Vaccination United Provinces of Agra and Oudh 1923-1928 - 1923-1928
Year: 1923
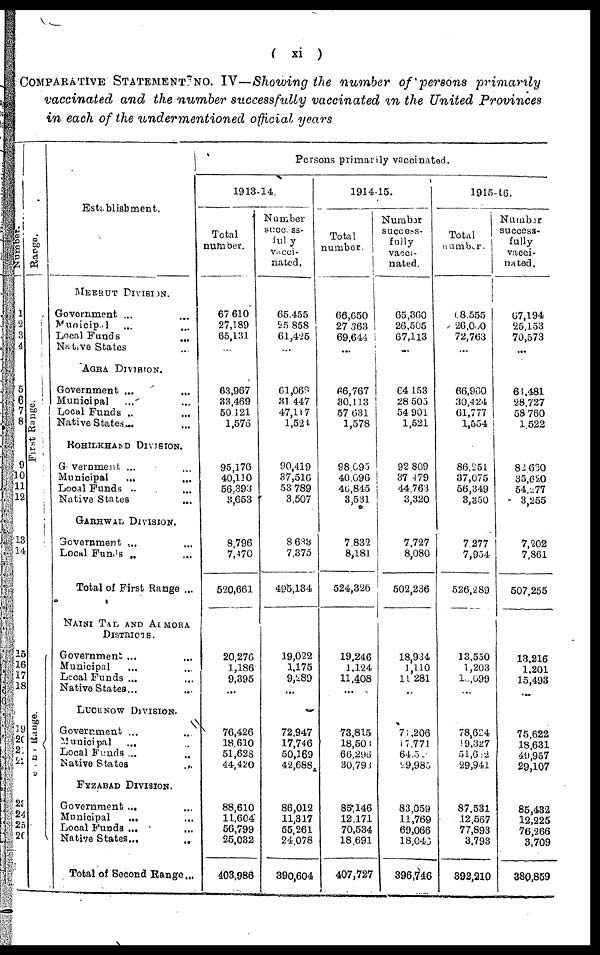
( xi )
COMPARATIVE STATEMENT NO. IV—Showing the number of persons primarily
vaccinated and the number successfully vaccinated in the United Provinces
in each of the undermentioned official years
Number.
1
2
3
4
5
6
7
8
9
10
11
12
13
14
15
16
17
18
19
20
21
22
23
24
25
26
Range.
First Range.
Second Range.
Establishment.
MEERUT DIVISION.
Government ... ...
Municipal ... ...
Local Funds ... ...
Native States
... ...
AGRA DIVISION.
Government ...
...
Municipal ... ...
Local Funds ... ...
Native States ... ...
ROHILKHAND DIVISION.
Government ... ...
Municipal
... ...
Local Funds ... ...
Native States ... ...
GARHWAL DIVISION.
Government ... ...
Local Funds ... ...
Total of First Range ...
NAINI TAL AND ALMORA
DISTRICTS.
Government ... ...
Municipal ... ...
Local Funds ... ...
Native States ... ...
LUCKNOW DIVISION.
Government ... ...
Municipal
... ...
Local Funds ... ...
Native States
... ...
FYZABAD DIVISION.
Government ... ...
Municipal
... ...
Local Funds ... ...
Native States ... ...
Total of Second Range ...
Persons primarily vaccinated.
1913-14.
Total
number.
67,610
27,189
65,131
...
63,967
33,469
50,121
1,576
95,176
40,110
56,393
3,653
8,796
7,470
520,661
20,276
1,186
9,395
...
76,426
18,610
51,628
44,420
88,610
11,604
56,799
25,032
403,986
Number
success¬
fully
Vacci¬
nated.
65,455
25,858
61,425
...
61,069
31,447
47,117
1,524
90,419
37,516
53,789
3,507
8,633
7,375
495,134
19,022
1,175
9,289
...
72,947
17,746
50,169
42,688
86,012
11,317
55,261
24,078
390,604
1914-15.
Total
number.
66,650
27,363
69,644
...
66,767
30,113
57,631
1,578
98,095
40,096
46,845
3,531
7,832
8,181
524,326
19,246
1,124
11,408
...
73,815
18,506
66,296
30,793
85,146
12,171
70,534
18,691
407,727
Number
success-
fully
vacci-
nated.
65,360
26,505
67,113
...
64,153
28,505
54,901
1,521
92,809
37,479
44,763
3,320
7,727
8,080
502,236
18,934
1,110
11,281
...
75,206
17,771
64,5
29,985
83,059
11,769
69,066
18,046
396,746
1915-16.
Total
number.
68,555
26,000
72,763
...
66,960
30,424
61,777
1,554
86,251
37,075
56,349
3,350
7,277
7,954
526,289
13,550
1,203
10,699
...
78,624
19,327
51,632
29,941
87,531
12,567
77,893
3,793
392,210
Number
success-
fully
vacci-
nated.
67,194
25,153
70,573
...
64,481
28,727
58,760
1,522
82,630
35,620
54,277
3,255
7,202
7,861
507,255
13,216
1,201
15,493
...
75,622
18,631
49,957
29,107
85,432
12,225
76,266
3,709
380,859